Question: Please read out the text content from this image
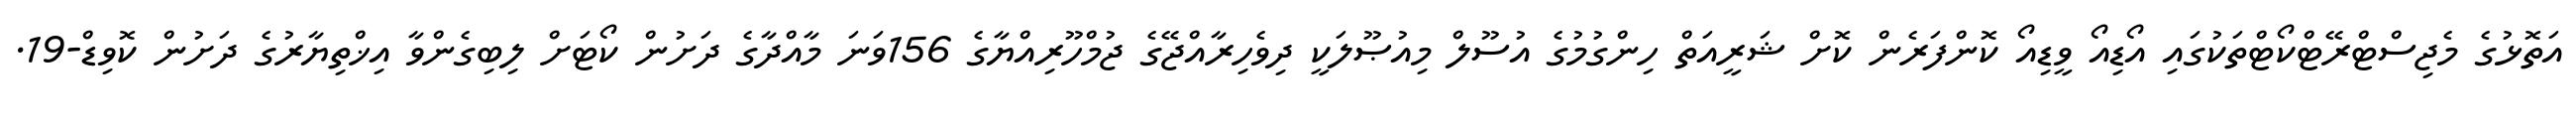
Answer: އަތޮޅުގެ މެޖިސްޓްރޭޓްކޯޓްތަކުގައި އޯޑިއޯ ވީޑިއޯ ކޮންފަރެން ކޮށް ޝަރީއަތް ހިންގުމުގެ އުސޫލް މިއުޞޫލަކީ ދިވެހިރާއްޖޭގެ ޖުމްހޫރިއްޔާގެ 156ވަނަ މާއްދާގެ ދަށުން ކޯޓަށް ލިބިގެންވާ އިޚްތިޔާރުގެ ދަށުން ކޮވިޑް-19.